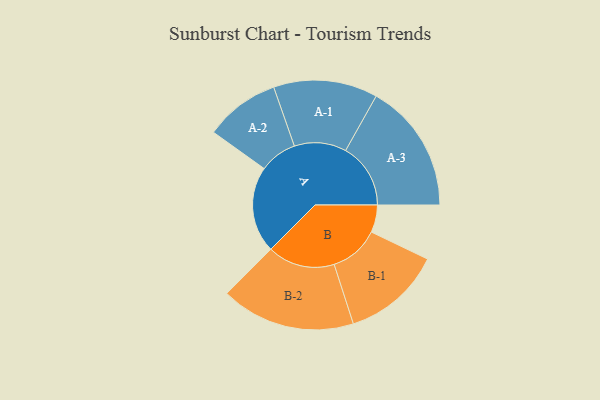
{"axis": {"x": "Segment", "y": "Value"}, "legend": ["", "A", "B"], "data": [{"x": "A", "y": 368, "type": ""}, {"x": "B", "y": 117, "type": ""}, {"x": "A-1", "y": 222, "type": "A"}, {"x": "A-2", "y": 160, "type": "A"}, {"x": "A-3", "y": 277, "type": "A"}, {"x": "B-1", "y": 212, "type": "B"}, {"x": "B-2", "y": 287, "type": "B"}]}